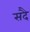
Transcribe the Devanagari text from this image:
सदै